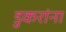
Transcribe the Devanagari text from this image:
डुकरांना